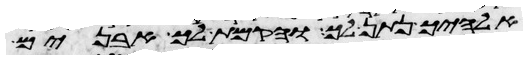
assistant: אלהיך נתן לך והקמת לך אבנים